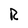
Character: R